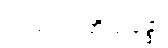
ကုသလာဘိသန္ဒော